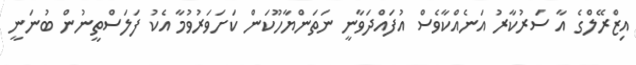
އިޒްރޭލްގެ އާ ސަރުކާރު އަނެއްކާވެސް އުފައްދަވާނީ ނަތަންޔާހޫކަން ކަށަވަރުވުމާ އެކު ފަލަސްތީނުން ބުނަނީ